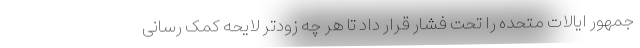
جمهور ایالات متحده را تحت فشار قرار داد تا هر چه زودتر لایحه کمک رسانی